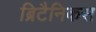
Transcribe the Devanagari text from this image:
ब्रिटैनिकस